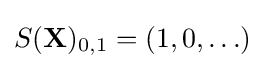
S(\mathbf {X} )_{0,1}=(1,0,\ldots )